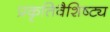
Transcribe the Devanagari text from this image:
प्रकृतिवैशिष्ट्य